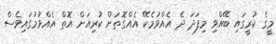
މީގެ ކުރީގައި ބޭއްވި މިފަދަ ދެ އެއްވުމެކޭ އެއްގޮތަށް ކުރިއަށް އޮތް އެއްވުމުގައިވެސް